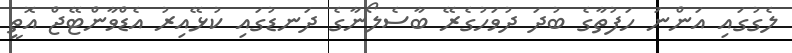
ލެގުގައި އަންނަ ހަފުތާގެ ބުދަ ދުވަހުގެރޭ ބާސެލޯނާގެ ދަނޑުގައި ކުޅޭއިރު އެޑްވާންޓޭޖް އޮތީ